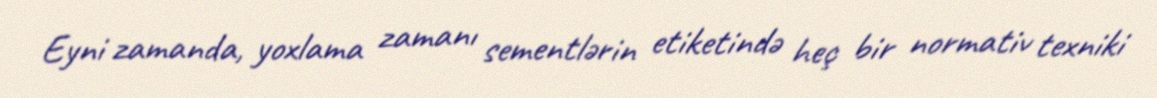
Eyni zamanda, yoxlama zamanı sementlərin etiketində heç bir normativ texniki